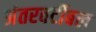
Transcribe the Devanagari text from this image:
अंतरवर्टीबल